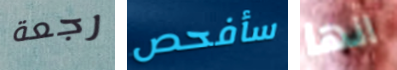
رجعة سأفحص انها